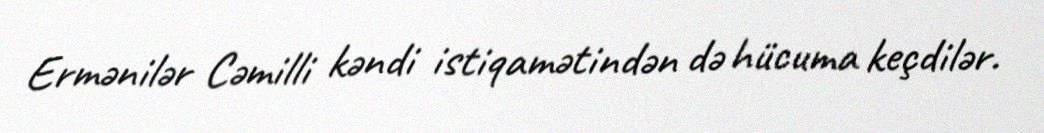
Ermənilər Cəmilli kəndi istiqamətindən də hücuma keçdilər.